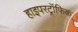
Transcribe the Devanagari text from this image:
हाइपरट्रॉफिक